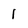
Character: l